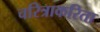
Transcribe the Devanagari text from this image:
चरित्राकरिता